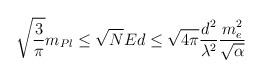
LaTeX: \begin{align*}\sqrt {\frac {3}{\pi}}m_{Pl} \leq \sqrt{N} Ed \leq\sqrt{4 \pi} \frac {d^2}{\lambda^2} \frac {m_e^2}{\sqrt{\alpha}}\end{align*}